Annual report of the Punjab Veterinary College and of the Civil Veterinary Department, Punjab - 1926-1932
Year: 1926
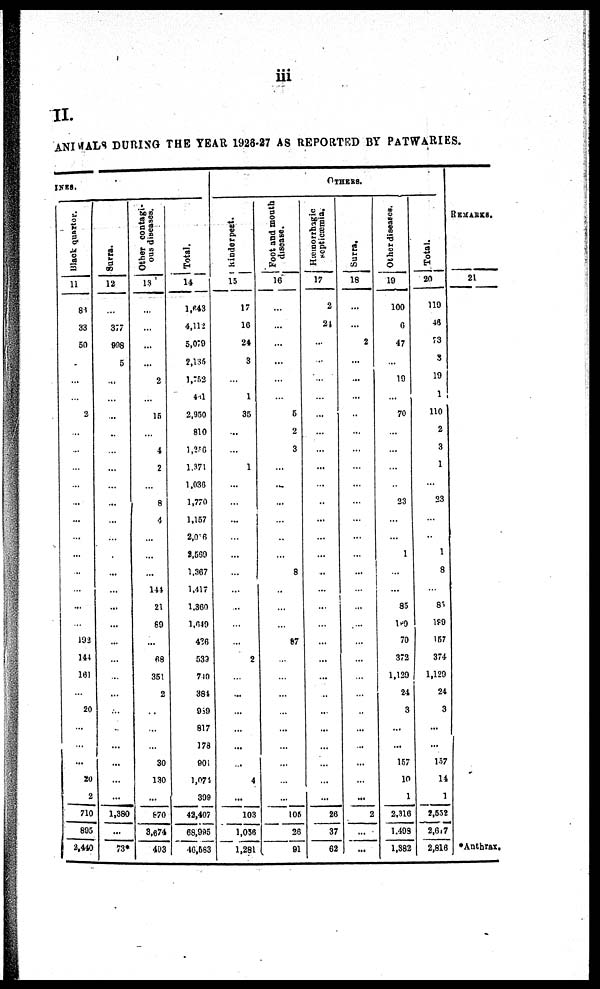
iii
II.
ANIMALS DURING THE YEAR 1928-27 AS REPORTED BY PATWARIES.
INES.
Black quarter.
11
88
33
50
...
...
...
2
...
...
...
...
...
...
...
...
...
...
...
...
192
144
161
...
20
...
...
...
20
2
710
895
2,440
Surra.
12
...
377
908
5
...
...
...
...
...
...
...
...
...
...
...
...
...
...
...
...
...
...
...
...
...
...
...
...
...
1,380
...
73*
Other contagi-
ous diseases.
13
...
...
...
...
2
...
15
...
4
2
...
8
4
...
...
...
144
21
60
...
68
351
2
...
...
...
30
130
...
870
3,674
493
Total.
14
1,643
4,112
5,079
2,135
1,752
441
2,950
810
1,256
1,371
1,036
1,770
1,157
2,016
2,569
1,367
1,417
1,360
1,649
436
539
710
384
959
817
178
901
1,074
399
42,407
68,995
46,563
OTHERS.
Rinderpest.
15
17
10
24
3
...
1
35
...
...
1
...
...
...
...
...
...
...
...
...
...
2
...
...
...
...
...
...
4
...
103
1,056
1,281
Foot and mouth
disease.
16
...
...
...
...
...
...
5
2
3
...
...
...
...
...
...
8
..
...
...
87
...
...
...
...
...
...
...
...
...
105
26
91
Hæmorrhagic
septicæmia.
17
2
24
...
...
...
...
...
...
...
...
...
...
...
...
...
...
...
...
...
...
...
...
...
...
...
...
...
...
...
26
37
62
Surra.
18
...
...
2
...
...
...
...
...
...
...
...
...
...
...
...
...
...
...
...
...
...
...
...
...
...
...
...
...
...
2
...
...
Other diseases.
19
100
6
47
...
19
...
70
...
...
...
...
23
...
...
1
...
...
85
189
70
372
1,129
24
3
...
...
157
10
1
2,316
1.499
1,382
Total.
20
119
46
73
3
19
1
110
2
3
1
...
23
...
...
1
8
...
85
189
157
374
1,129
24
3
...
...
157
14
1
2,552
2,617
2,816
REMARKS.
21
*Anthrax.